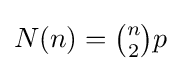
N(n)={\tbinom {n}{2}}p